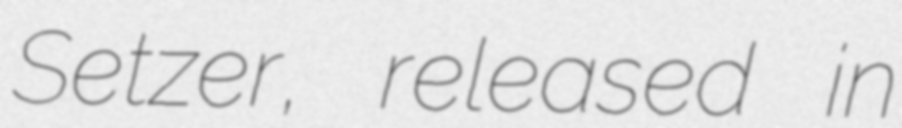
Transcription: Setzer, released in